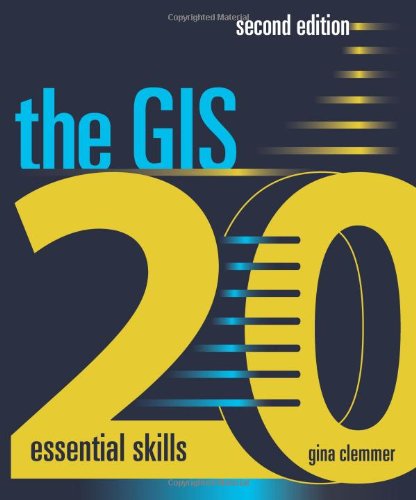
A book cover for The GIS 20: Essential Skills; Gina Clemmer; Science & Math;